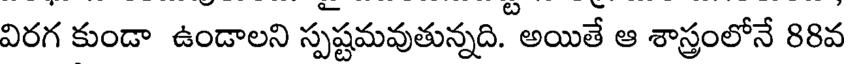
విరగ కుండా ఉండాలని స్పష్టమవుతున్నది. అయితే ఆ శాస్త్రంలోనే 88వ